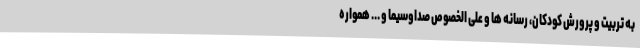
به تربیت و پرورش کودکان، رسانه ها و علی الخصوص صداوسیما و ... همواره